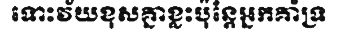
ទោះវ័យខុសគ្នាខ្លះប៉ុន្តែអ្នកគាំទ្រ